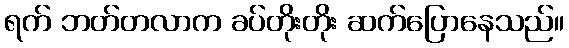
ရက် ဘတ်တလာက ခပ်တိုးတိုး ဆက်ပြောနေသည်။